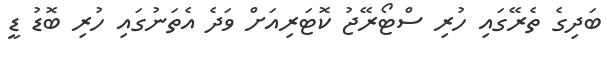
ބަދިގެ ތެރޭގައި ހުރި ސްޓޯރޭޖު ކޮޓަރިއަށް ވަދެ އެތަނުގައި ހުރި ބޮޑު ޑީ